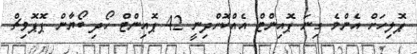
ޕޮލިހަށް އެންމެ ގިނަ ޕޮއިންޓް އެއްކޮށްދިނީ 42 ޕޮއިންޓް ހޯދި ބޯޔާން ޕޮޕޮވިޗް